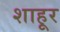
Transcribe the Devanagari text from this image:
शाहूर